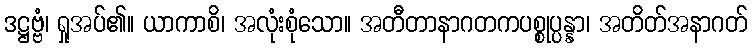
ဒဋ္ဌဗ္ဗံ၊ ရှုအပ်၏။ ယာကာစိ၊ အလုံးစုံသော။ အတီတာနာဂတကပစ္စုပ္ပန္နာ၊ အတိတ်အနာဂတ်